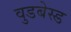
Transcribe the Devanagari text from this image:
वुडबेस्ड